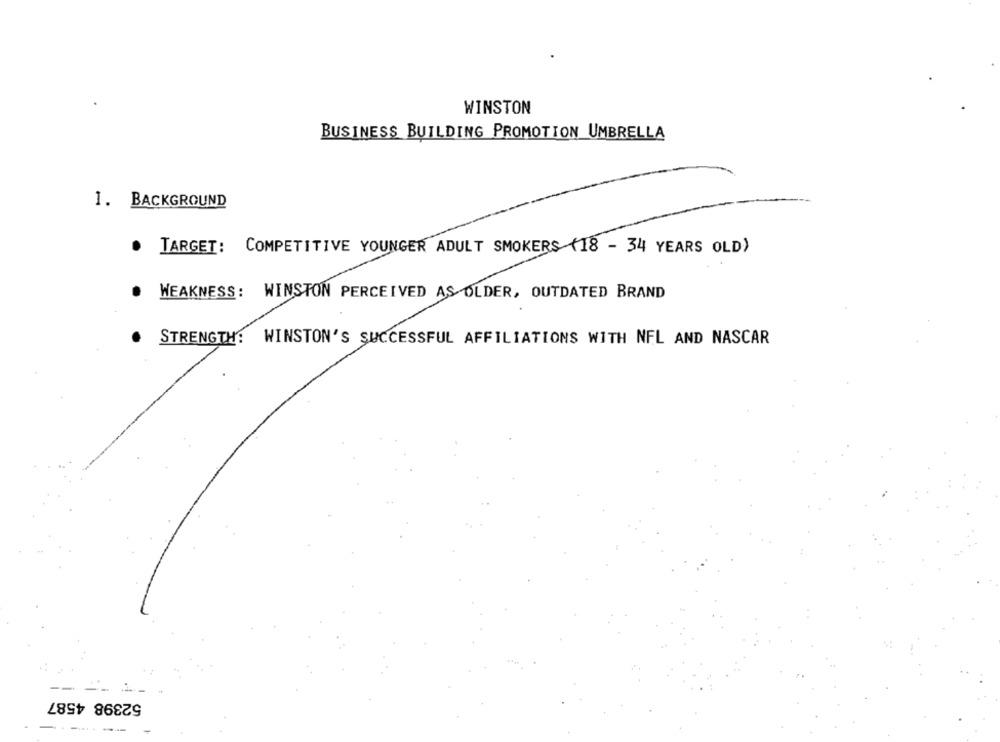
WINSTON
BUSINESS BUILDING PROMOTION UMBRELLA
1. BACKGROUND
TARGET: COMPETITIVE YOUNGER ADULT SMOKERS (18 - 34 YEARS OLD)
WEAKNESS: WINSTON PERCEIVED AS OLDER, OUTDATED BRAND
STRENGTH:
WINSTON'S SUCCESSFUL AFFILIATIONS WITH NFL AND NASCAR
-- --
52398 4587